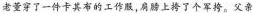
老董穿了一件卡其布的工作服，肩膀上挎了个军挎。父亲